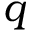
q